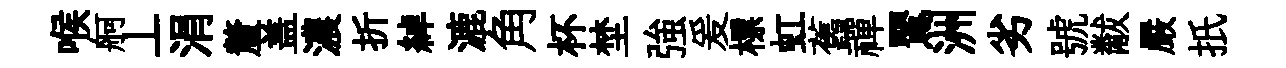
喉舸丄涓釐盖濃折綽漉角杯埜強爰標虹舊禪鸎洲劣號黻嚴扺